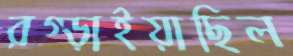
রগ্‌ড়াইয়াছিল